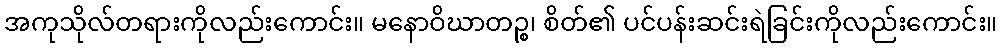
အကုသိုလ်တရားကိုလည်းကောင်း။ မနောဝိဃာတဉ္စ၊ စိတ်၏ ပင်ပန်းဆင်းရဲခြင်းကိုလည်းကောင်း။